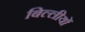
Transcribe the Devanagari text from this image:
बिल्लीयों